Annual report on the working of the mental hospitals in the Madras Presidency - 1912-1932
Year: 1912
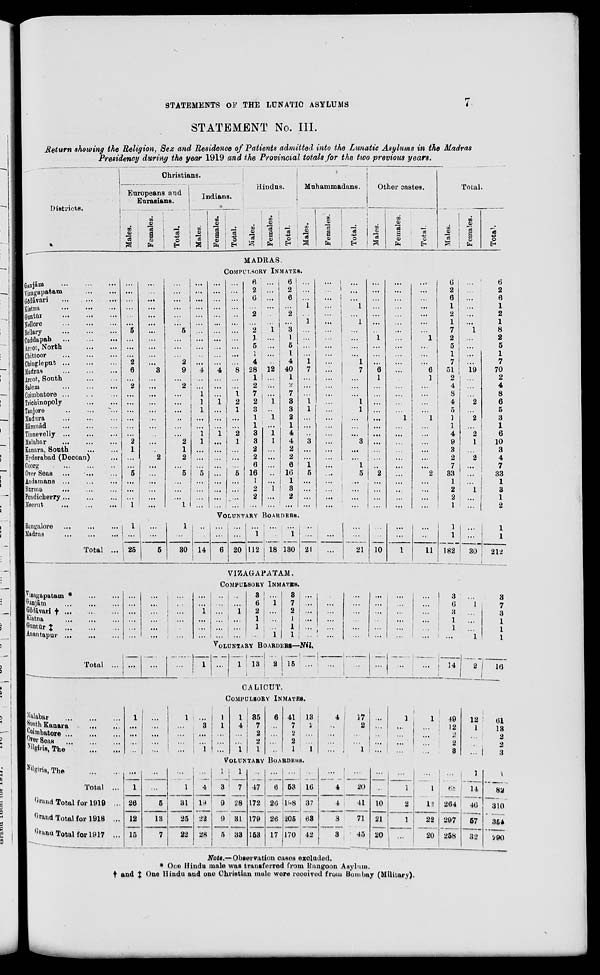
STATEMENTS OF THE LUNATIC ASYLUMS
7
STATEMENT No. III.
Return showing the Religion, Sex and Residence of Patients admitted into the Lunatic Asylums in the Madras
Presidency during the year 1919 and the Provincial totals for the two previous years.
Districts.
Christians.
Europeans and
Eurasians.
Males.
Females.
Total.
Indians.
Males.
Females.
Total.
Hindus.
Males.
Females.
Total.
Muhammadans.
Males.
Females.
Total.
Other castes.
Males.
Females.
Total.
Total.
Males.
Females.
Total
MADRAS
COMPULSORY INMATES.
Ganjām
...
...
...
Vizagapatam ... ...
Gōdāvari ... ... ...
Kistna
...
...
...
Guntūr ... ... ...
Nellore
...
...
...
Bellary
...
...
...
Cuddapah
...
...
...
Arcot, North
...
...
...
Chittoor
...
...
...
Chingleput
...
...
...
Madras
...
...
...
Arcot, South ... ... ...
Salem ... ... ...
Coimbatore ... ... ...
Trichinopoly ... ... ...
Tanjore
...
...
...
Madura ... ... ...
Rāmnād
...
...
...
Tinnevelly
...
...
...
Malabar ... ... ...
Kanara, South
...
...
Hyderabad (Deccan) ...
Coorg ... ... ...
Over Seas ... ... ...
Andamans ... ... ...
Burma ... ... ...
Pondicherry ... ... ...
Meerut
...
...
...
...
...
...
...
...
...
5
...
...
...
2
6
...
2
...
...
...
...
...
...
2
1
...
...
5
...
...
...
1
...
...
...
...
...
...
...
...
...
...
...
3
...
...
...
...
...
...
...
...
...
...
2
...
...
...
...
...
...
...
...
...
...
...
...
5
...
...
...
2
9
...
2
...
...
...
...
...
...
2
1
2
...
5
...
...
...
1
...
...
...
...
...
...
...
...
...
...
...
4
...
...
1
1
1
...
...
1
1
...
...
...
5
...
...
...
...
...
...
...
...
...
...
...
...
...
...
...
4
...
...
...
1
...
...
...
1
...
...
...
...
...
...
...
...
...
...
...
...
...
..
...
...
...
...
...
...
8
...
...
1
2
1
...
...
2
1
...
...
...
5
...
...
...
...
6
2
6
...
2
...
2
1
5
1
4
28
1
2
7
2
3
1
1
3
3
2
2
6
16
1
2
2
...
...
...
...
...
...
...
1
...
...
...
...
12
...
...
...
1
...
1
...
1
1
...
...
...
..
...
1
...
...
6
2
6
...
2
...
3
1
5
1
4
40
1
2
7
3
3
2
1
4
4
2
2
6
16
1
3
2
...
...
...
...
1
...
1
...
...
...
...
1
7
...
...
...
1
1
...
...
...
3
...
...
1
5
...
...
...
...
...
...
...
...
...
...
...
...
...
...
...
...
...
...
...
...
...
...
...
...
...
...
...
...
....
...
...
...
...
...
...
...
1
...
1
...
...
...
...
1
7
...
...
...
1
1
...
...
...
3
...
...
1
5
...
...
...
...
...
...
...
...
...
...
...
1
...
...
...
6
1
...
...
...
...
...
...
...
...
...
...
..
2
...
...
...
...
...
...
...
...
...
...
...
...
...
...
...
...
...
...
...
...
...
1
...
...
...
...
...
...
...
...
...
...
...
...
...
...
...
...
...
...
1
...
...
...
6
1
...
...
...
...
1
...
...
...
...
...
...
2
...
...
...
...
6
2
6
1
2
1
7
2
5
1
7
51
2
4
8
4
5
1
1
4
9
3
2
7
33
1
2
2
1
...
...
...
...
...
...
1
...
...
...
...
19
...
...
...
2
...
2
...
2
1
...
2
...
...
...
1
...
...
6
2
6
1
2
1
8
2
5
1
7
70
2
4
8
6
5
3
1
6
10
3
4
7
33
1
3
1
2
VOLUNTARY BOARDERS.
Bangalore ... ... ...
Madras
...
...
...
Total ...
1
...
25
...
...
5
1
...
30
...
...
14
...
...
6
...
...
20
...
1
112
...
...
18
...
1
130
...
...
21
...
...
...
...
...
21
...
...
10
...
...
1
...
...
11
1
1
182
...
...
30
1
1
212
VIZAGAPATAM.
COMPULSORY INMATES.
Vizagapatam
*
...
...
Ganjām
...
...
...
Gōdāvari † ... ... ...
Kistna ... ... ...
Guntūr ‡ ... ... ...
Anantapur
...
...
...
...
...
...
...
...
...
...
...
...
...
...
...
...
...
...
...
...
...
...
...
1
...
...
...
...
...
...
...
...
...
...
...
1
...
...
...
3
6
2
1
1
...
...
1
...
..
...
1
3
7
2
1
1
1
...
...
...
...
...
...
...
...
...
...
...
...
...
...
...
...
...
...
...
...
...
...
...
...
...
...
...
...
...
...
...
...
...
...
...
...
3
6
3
1
1
...
...
1
...
...
...
1
3
7
3
1
1
1
VOLUNTARY BOARDERS—Nil.
Total ... ...
...
...
1
...
1
13
2
15 ...
...
...
...
...
...
14
2
16
CALICUT.
COMPULSORY INMATES.
Malabar ... ... ...
South Kanara
...
...
Coimbatore
...
...
...
Over
Seas
...
...
...
Nilgiris,The
...
...
1
...
...
...
...
...
...
...
...
...
1
...
...
...
...
...
3
...
...
1
1
1
...
...
...
1
4
...
...
1
35
7
2
2
1
6
...
...
...
...
41
7
2
2
1
13
2
...
...
1
4
...
...
...
...
17
2
...
...
1
...
...
...
...
...
1
...
...
...
...
1
...
...
...
...
49
12
2
2
3
12
1
...
...
...
61
13
2
2
3
VOLUNTARY BOARDERS.
Nilgiris,The
...
...
Total ...
Grand Total for 1919 ...
Grand Total for 1918 ...
Grand Total for 1917 ...
...
1
26
12
15
...
...
5
13
7
...
1
31
25
22
...
4
19
22
28
1
3
9
9
5
1
7
28
31
33
...
47
172
179
153
...
6
26
26
17
...
53
198
205
170
...
16
37
63
42
...
4
4
8
3
...
20
41
71
45
...
...
10
21
20
...
1
2
1
...
...
1
12
22
20
...
68
264
297
258
1
14
46
57
32
1
82
310
354
290
Note.—Observation cases excluded.
* One Hindu male was transferred from Rangoon Asylum.
† and ‡ One Hindu and one Christian male were received from Bombay (Military).